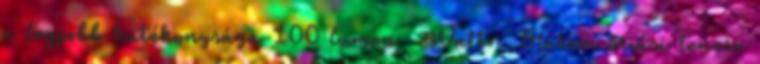
a legjobb hatékonysága 100 lumen Watt . Három óriási lencse